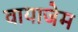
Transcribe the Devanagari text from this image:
वायाजेम